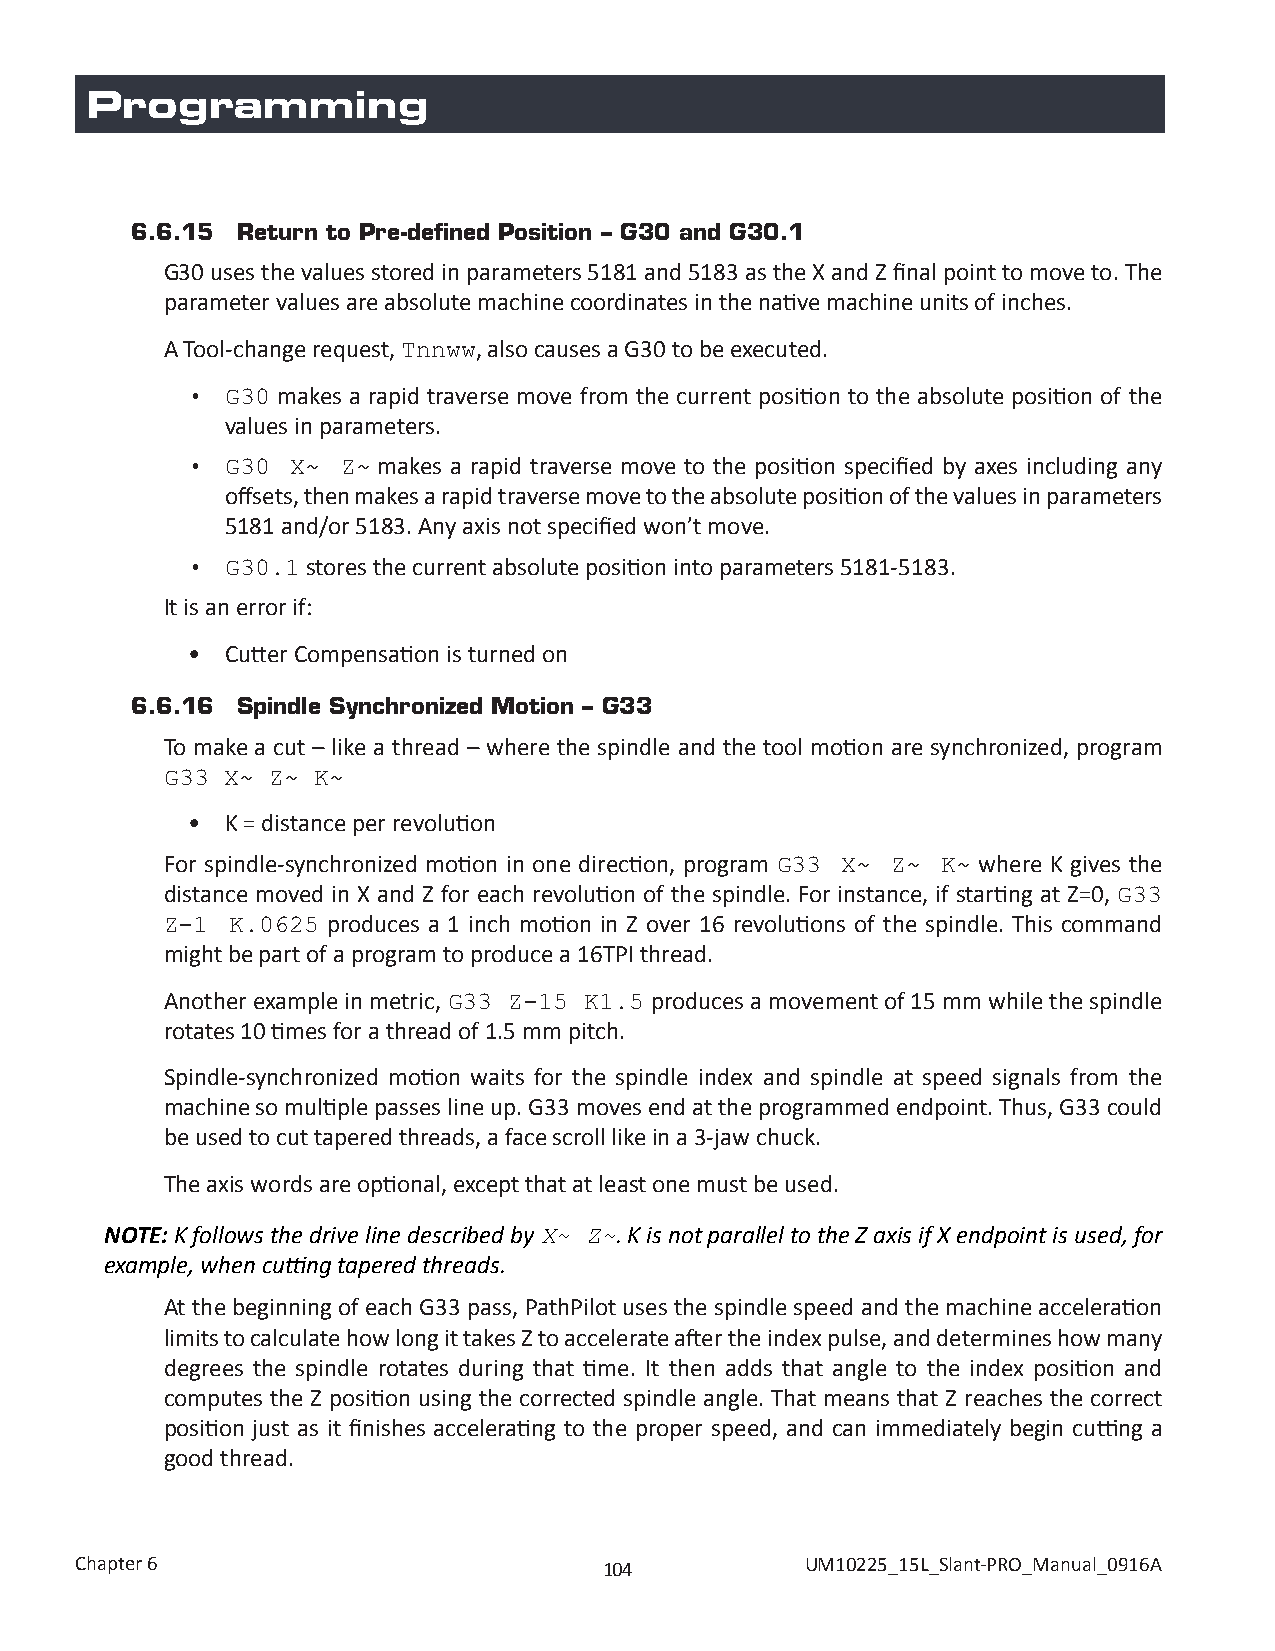
Programming
 6.6.15 Return to Pre-defined Position – G30 and G30.1
 G30 uses the values stored in parameters 5181 and 5183 as the X and Z final point to move to. The
 parameter values are absolute machine coordinates in the native machine units of inches.
 A Tool-change request, , also causes a G30 to be executed.
 Tnnww
 makes a rapid traverse move from the current position to the absolute position of the
 •  G30
 values in parameters.
 makes a rapid traverse move to the position specified by axes including any
 •  G30 X~  Z~
 offsets, then makes a rapid traverse move to the absolute position of the values in parameters
 5181 and/or 5183. Any axis not specified won’t move.
 stores the current absolute position into parameters 5181-5183.
 •  G30.1
 It is an error if:
 •  Cutter Compensation is turned on
 6.6.16 Spindle Synchronized Motion – G33
 To make a cut – like a thread – where the spindle and the tool motion are synchronized, program
 G33 X~ Z~ K~
 •  K = distance per revolution
 For spindle-synchronized motion in one direction, program where K gives the
 G33  X~ Z~ K~
 distance moved in X and Z for each revolution of the spindle. For instance, if starting at Z=0,
 G33
 produces a 1 inch motion in Z over 16 revolutions of the spindle. This command
 Z-1 K.0625
 might be part of a program to produce a 16TPI thread.
 Another example in metric,      produces a movement of 15 mm while the spindle
 G33 Z-15 K1.5
 rotates 10 times for a thread of 1.5 mm pitch.
 Spindle-synchronized motion waits for the spindle index and spindle at speed signals from the
 machine so multiple passes line up. G33 moves end at the programmed endpoint. Thus, G33 could
 be used to cut tapered threads, a face scroll like in a 3-jaw chuck.
 The axis words are optional, except that at least one must be used.
 NOTE: K follows the drive line described by X~ Z~. K is not parallel to the Z axis if X endpoint is used, for
 example, when cutting tapered threads.
 At the beginning of each G33 pass, PathPilot uses the spindle speed and the machine acceleration
 limits to calculate how long it takes Z to accelerate after the index pulse, and determines how many
 degrees the spindle rotates during that time. It then adds that angle to the index position and
 computes the Z position using the corrected spindle angle. That means that Z reaches the correct
 position just as it finishes accelerating to the proper speed, and can immediately begin cutting a
 good thread.
 Chapter 6                          104          UM10225_15L_Slant-PRO_Manual_0916A